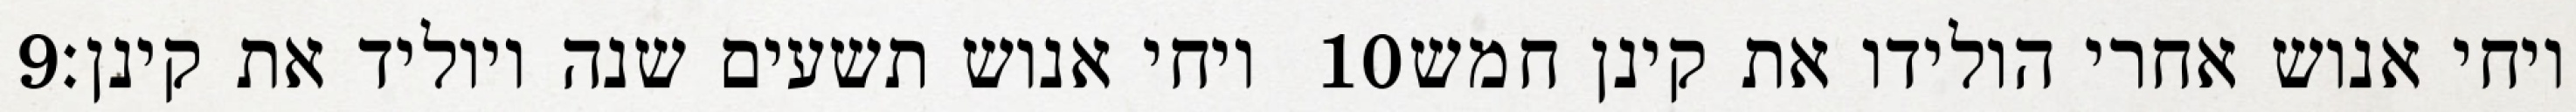
‎9‏ ויחי אנוש תשעים שנה ויוליד את קינן׃ ‎10‏ ויחי אנוש אחרי הולידו את קינן חמש